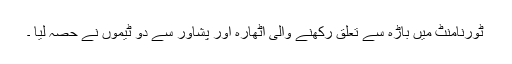
ٹورنامنٹ میں باڑہ سے تعلق رکھنے والی اٹھارہ اور پشاور سے دو ٹیموں نے حصہ لیا ۔